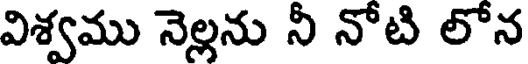
విశ్వము నెల్లను నీ నోటి లోన